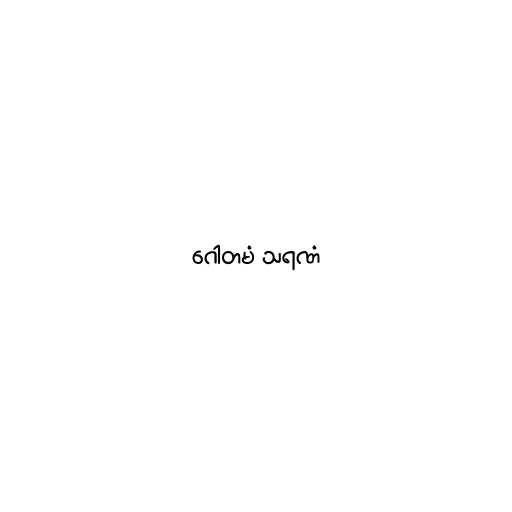
ဂေါတမံ သရဏံ